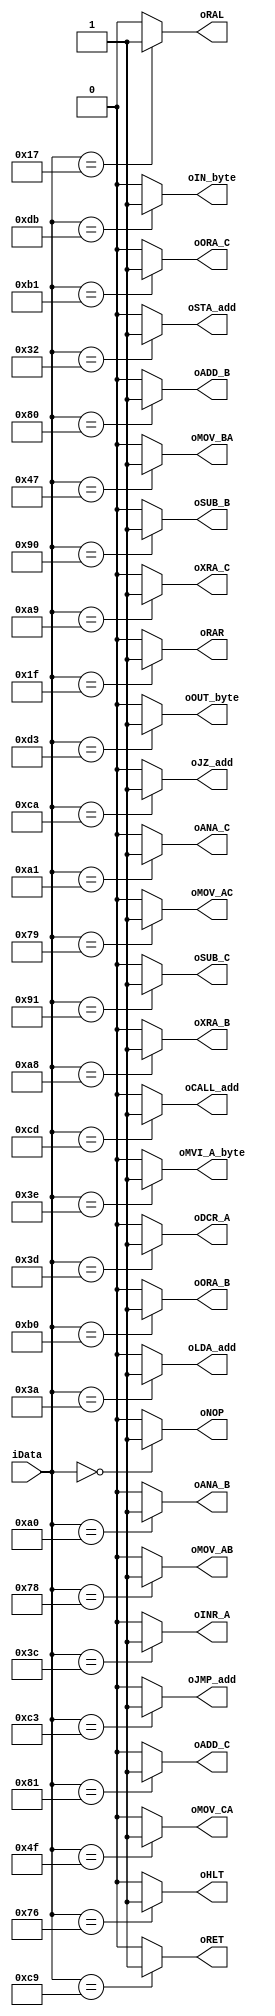
module mInstructionDecoder (	input [7:0] iData,
										output oADD_B,
										output oADD_C,
										output oANA_B,
										output oANA_C,
										output oCALL_add,
										output oDCR_A,
										output oHLT,
										output oIN_byte,
										output oINR_A,
										output oJMP_add,
										output oJZ_add,
										output oLDA_add,
										output oMOV_AB,
										output oMOV_AC,
										output oMOV_BA,
										output oMOV_CA,
										output oMVI_A_byte,
										output oNOP,
										output oORA_B,
										output oORA_C,
										output oOUT_byte,
										output oRAL,
										output oRAR,
										output oRET,
										output oSTA_add,
										output oSUB_B,
										output oSUB_C,
										output oXRA_B,
										output oXRA_C
										);
										
assign oADD_B = (iData == 8'b10000000) ? 1:0;
assign oADD_C = (iData == 8'b10000001) ? 1:0;
assign oANA_B = (iData == 8'b10100000) ? 1:0;
assign oANA_C = (iData == 8'b10100001) ? 1:0;
assign oCALL_add = (iData == 8'b11001101) ? 1:0;
assign oDCR_A = (iData == 8'b00111101) ? 1:0;
assign oHLT = (iData == 8'b01110110) ? 1:0;
assign oIN_byte = (iData == 8'b11011011) ? 1:0;
assign oINR_A = (iData == 8'b00111100) ? 1:0;
assign oJMP_add = (iData == 8'b11000011) ? 1:0;
assign oJZ_add = (iData == 8'b11001010) ? 1:0;
assign oLDA_add = (iData == 8'b00111010) ? 1:0;
assign oMOV_AB = (iData == 8'b01111000) ? 1:0;
assign oMOV_AC = (iData == 8'b01111001) ? 1:0;
assign oMOV_BA = (iData == 8'b01000111) ? 1:0;
assign oMOV_CA = (iData == 8'b01001111) ? 1:0;
assign oMVI_A_byte = (iData == 8'b00111110) ? 1:0;
assign oNOP = (iData == 8'b00000000) ? 1:0;
assign oORA_B = (iData == 8'b10110000) ? 1:0;
assign oORA_C = (iData == 8'b10110001) ? 1:0;
assign oOUT_byte = (iData == 8'b11010011) ? 1:0;
assign oRAL = (iData == 8'b00010111) ? 1:0;
assign oRAR = (iData == 8'b00011111) ? 1:0;
assign oRET = (iData == 8'b11001001) ? 1:0;
assign oSTA_add = (iData == 8'b00110010) ? 1:0;
assign oSUB_B = (iData == 8'b10010000) ? 1:0;
assign oSUB_C = (iData == 8'b10010001) ? 1:0;
assign oXRA_B = (iData == 8'b10101000) ? 1:0;
assign oXRA_C = (iData == 8'b10101001) ? 1:0;

endmodule